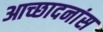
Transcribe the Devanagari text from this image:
आच्छादनांस